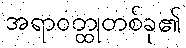
အရာဝတ္ထုတစ်ခု၏